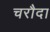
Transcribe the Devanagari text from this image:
चरौदा